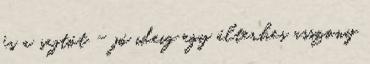
és a sajtót - jó ideig egy álterhes asszony